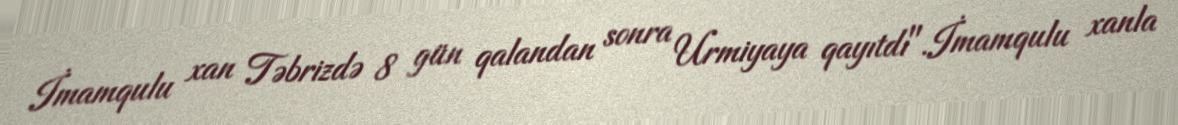
İmamqulu xan Təbrizdə 8 gün qalandan sonra Urmiyaya qayıtdı".İmamqulu xanla